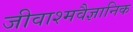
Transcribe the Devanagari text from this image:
जीवाश्मवैज्ञानिक